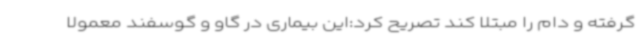
گرفته و دام را مبتلا کند تصریح کرد:این بیماری در گاو و گوسفند معمولا